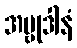
အဗ္ဗုဒါနံ